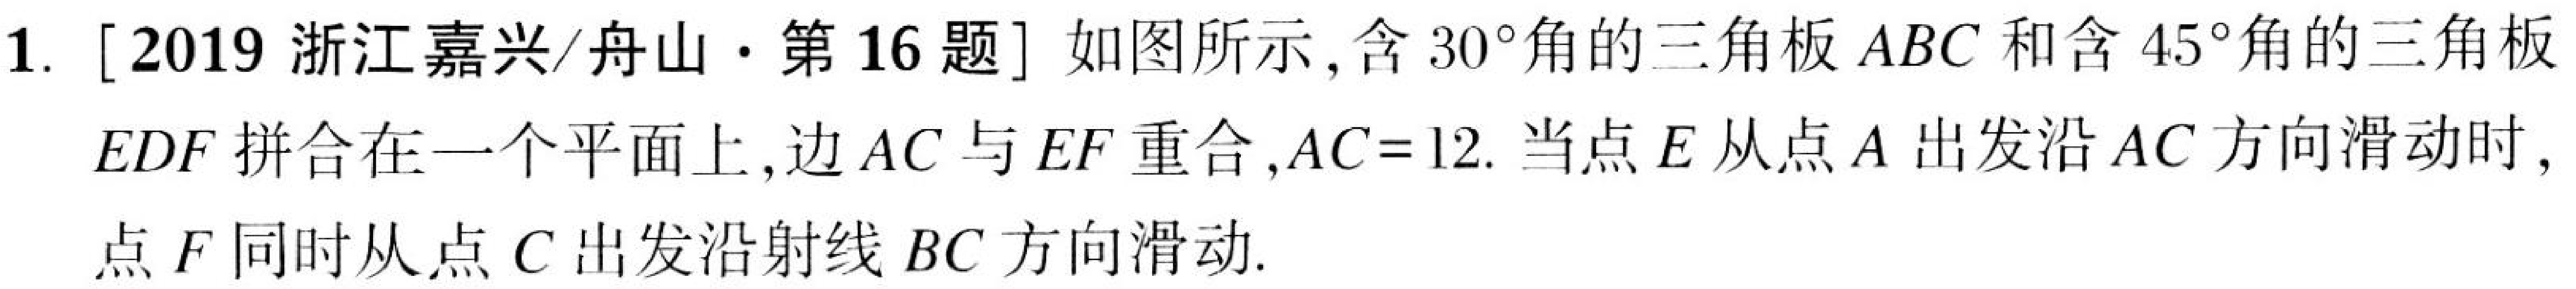
1. [2019浙江嘉兴/舟山·第16题] 如图所示,含\(30^{\circ}\)角的三角板\(ABC\)和含\(45^{\circ}\)角的三角板
\(EDF\)拼合在一个平面上,边\(AC\)与\(EF\)重合,\(AC = 12\). 当点\(E\)从点\(A\)出发沿\(AC\)方向滑动时,
点\(F\)同时从点\(C\)出发沿射线\(BC\)方向滑动.